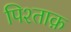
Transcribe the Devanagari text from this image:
पिश्ताक़